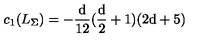
c _ { 1 } ( L _ { \Sigma } ) = \mathrm { - \frac d { 1 2 } ( \frac d 2 + 1 ) ( 2 d + 5 ) }